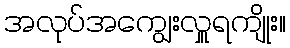
အလုပ်အကျွေးလှူရကျိုး။